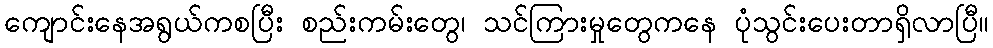
ကျောင်းနေအရွယ်ကစပြီး စည်းကမ်းတွေ၊ သင်ကြားမှုတွေကနေ ပုံသွင်းပေးတာရှိလာပြီ။